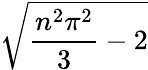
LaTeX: \sqrt{{\frac{n^{2}\pi^{2}}{3}}-2}